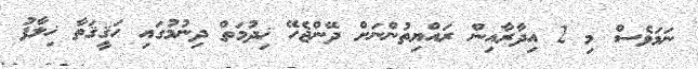
ނަމަވެސް މި 2 އިދާރާއިން ރައްޔިތުންނަށް ދޭންޖެހޭ ޚިދުމަތް ދިނުމުގައި ޙަޤީޤަތާ ޚިލާފު